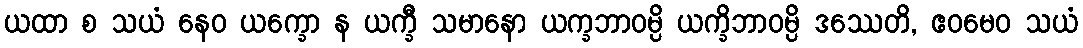
ယထာ စ သယံ နေဝ ယက္ခော န ယက္ခီ သမာနော ယက္ခဘာဝမ္ပိ ယက္ခိဘာဝမ္ပိ ဒဿေတိ, ဧဝမေဝ သယံ